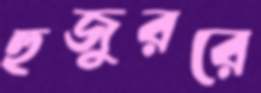
হুজুররে